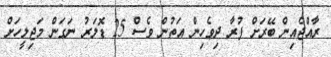
ރާއްޖެއިން ބޭރަށް ފުރާ ދިވެހިން އަތުން ވެސް 25 ޑޮލަރު ނަގަން މަޖިލީހަށް